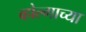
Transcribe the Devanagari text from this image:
व्होल्गाच्या